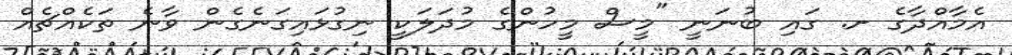
އެމާއްދާގެ ށ. ގައި ބުނަނީ "މީސް މީހުންގެ މުދަލަކީ ނިގުޅައިގަނެގެން ވާނެ ތަކެއްޗެއް